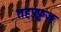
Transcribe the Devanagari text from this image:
तहफ़्फ़ुज़